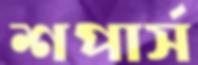
শপার্স